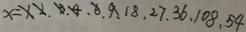
X = 1 . 2 . 3 . 4 . 6 . 9 . 1 8 . 2 7 . 3 6 . 1 0 8 . 5 4